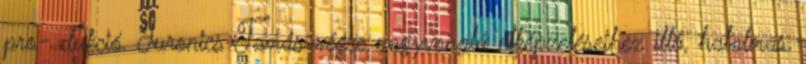
pro- dukció. Juronics Tamás végre nagyvonalú elképzeléseihez illő, hatalmas,